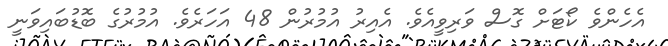
އެހެންވެ ކޯޓަށް ގޮސް ވަރިވީއެވެ. އެއިރު އުމުރުން 48 އަހަރެވެ. އުމުރުގެ ބޮޑުބައިވަނީ